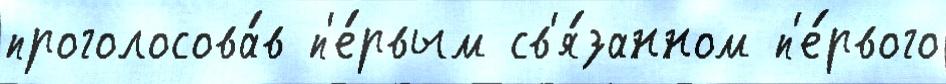
проголосова́в п'е́рвым св'я́занном п'е́рвого